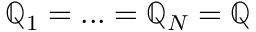
\mathbb { Q } _ { 1 } = . . . = \mathbb { Q } _ { N } = \mathbb { Q }